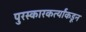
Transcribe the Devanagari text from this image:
पुरस्कारकर्त्यांकडून